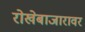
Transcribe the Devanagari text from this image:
रोखेबाजारावर